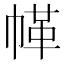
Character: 𢃲